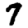
Digit: 7